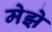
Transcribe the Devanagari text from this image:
मेझे